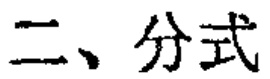
二、分式